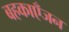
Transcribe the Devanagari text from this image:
बहकाएँजन